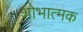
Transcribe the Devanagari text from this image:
शोभात्मक